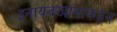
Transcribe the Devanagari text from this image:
इनायतखानाकडून